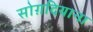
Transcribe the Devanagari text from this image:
सोग़दियाना